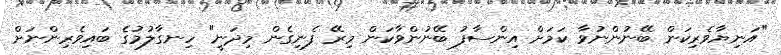
"އަނިޔާވެރިކަން ބޭނުންނުވާ ކަމަށް އިންސާފު ބޭނުންވާކަން މިރޭ ފެނިގެން މިދަނީ" ހިނގާލުމުގެ ބައިވެރިންނަށް